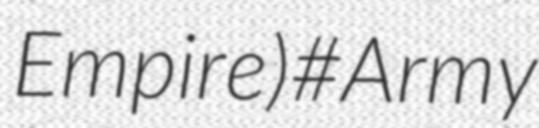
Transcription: Empire)#Army